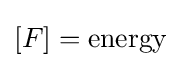
[F]={\text{energy}}